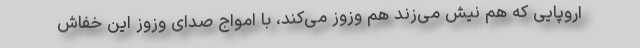
اروپایی که هم نیش می‌زند هم وزوز می‌کند، با امواج صدای وزوز این خفاش